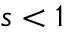
s < 1